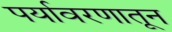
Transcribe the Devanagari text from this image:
पर्यावरणातून